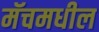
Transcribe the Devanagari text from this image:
मॅचमधील